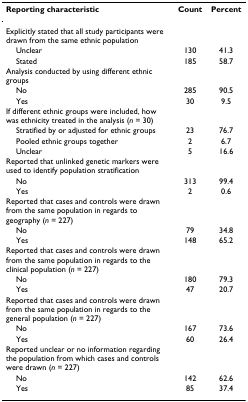
| Reporting characteristic | Count | Percent |
 | --- | --- | --- |
 | Explicitly stated that all study participants were drawn from the same ethnic population |  |  |
 | Unclear | 130 | 41.3 |
 | Stated | 185 | 58.7 |
 | Analysis conducted by using different ethnic groups |  |  |
 | No | 285 | 90.5 |
 | Yes | 30 | 9.5 |
 | If different ethnic groups were included, how was ethnicity treated in the analysis (n = 30) |  |  |
 | Stratified by or adjusted for ethnic groups | 23 | 76.7 |
 | Pooled ethnic groups together | 2 | 6.7 |
 | Unclear | 5 | 16.6 |
 | Reported that unlinked genetic markers were used to identify population stratification |  |  |
 | No | 313 | 99.4 |
 | Yes | 2 | 0.6 |
 | Reported that cases and controls were drawn from the same population in regards to geography (n = 227) |  |  |
 | No | 79 | 34.8 |
 | Yes | 148 | 65.2 |
 | Reported that cases and controls were drawn from the same population in regards to the clinical population (n = 227) |  |  |
 | No | 180 | 79.3 |
 | Yes | 47 | 20.7 |
 | Reported that cases and controls were drawn from the same population in regards to the general population (n = 227) |  |  |
 | No | 167 | 73.6 |
 | Yes | 60 | 26.4 |
 | Reported unclear or no information regarding the population from which cases and controls were drawn (n = 227) |  |  |
 | No | 142 | 62.6 |
 | Yes | 85 | 37.4 |